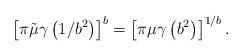
LaTeX: \begin{align*}\left\lbrack \pi\tilde\mu \gamma\left(1/b^2\right)\right\rbrack^b= \left\lbrack \pi\mu \gamma\left(b^2\right)\right\rbrack^{1/b}.\end{align*}